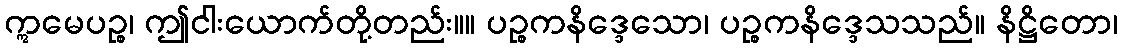
ဣမေပဉ္စ၊ ဤငါးယောက်တို့တည်း။။ ပဉ္စကနိဒ္ဒေသော၊ ပဉ္စကနိဒ္ဒေသသည်။ နိဋ္ဌိတော၊